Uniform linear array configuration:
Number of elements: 48
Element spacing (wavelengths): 0.25
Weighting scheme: hamming
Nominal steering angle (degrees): -60
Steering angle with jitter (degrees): -61.118
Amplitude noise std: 0.05
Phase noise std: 0.05

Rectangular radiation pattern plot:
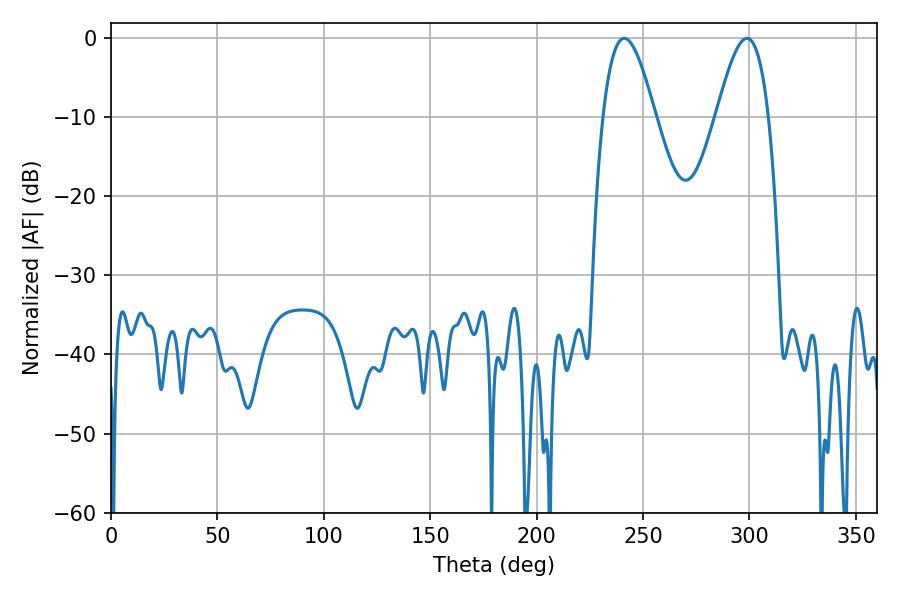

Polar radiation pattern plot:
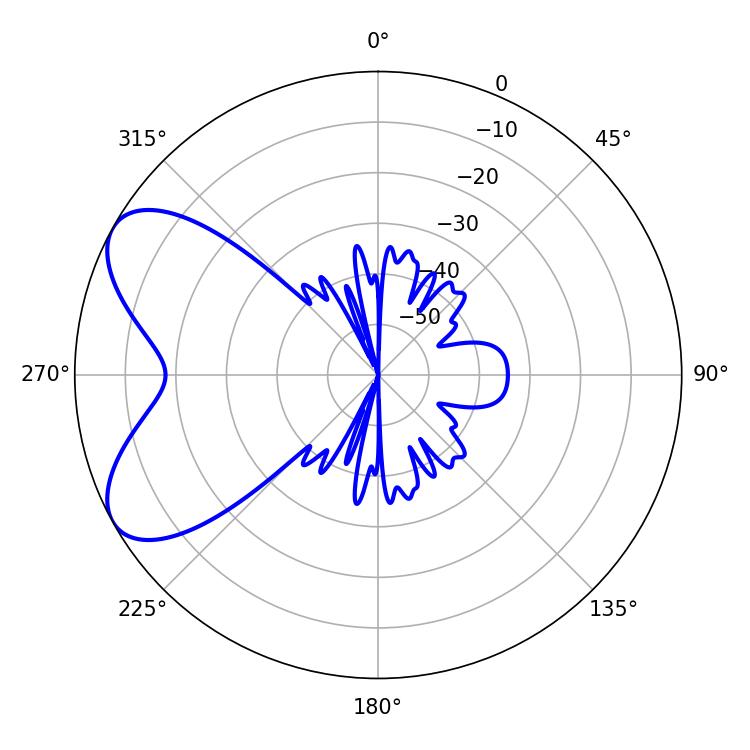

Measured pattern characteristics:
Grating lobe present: FALSE
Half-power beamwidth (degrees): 13.32
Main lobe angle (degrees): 241.2